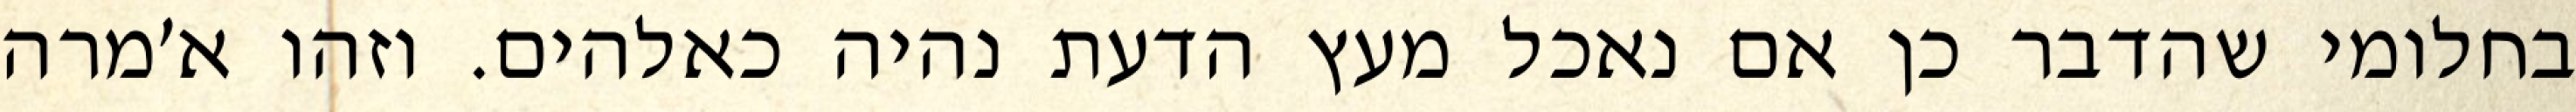
בחלומי שהדבר כן אם נאכל מעץ הדעת נהיה כאלהים. וזהו א׳מרה